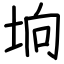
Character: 垧